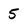
Character: 5